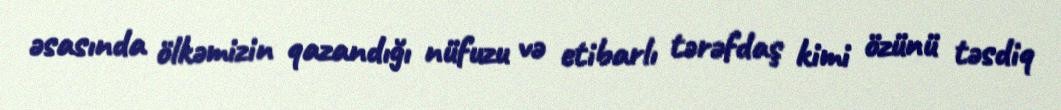
əsasında ölkəmizin qazandığı nüfuzu və etibarlı tərəfdaş kimi özünü təsdiq